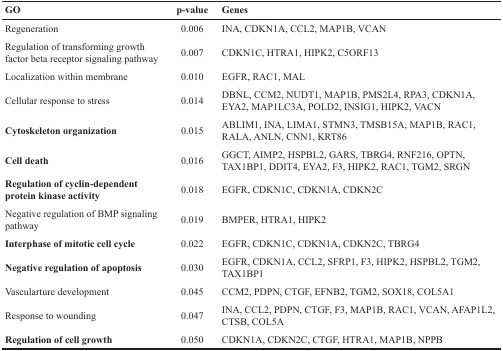
<table><thead><tr><td><b>GO</b></td><td><b>p-value</b></td><td><b>Genes</b></td></tr></thead><tbody><tr><td>Regeneration</td><td>0.006</td><td>INA, CDKN1A, CCL2, MAP1B, VCAN</td></tr><tr><td>Regulation of transforming growth factor beta receptor signaling pathway</td><td>0.007</td><td>CDKN1C, HTRA1, HIPK2, C5ORF13</td></tr><tr><td>Localization within membrane</td><td>0.010</td><td>EGFR, RAC1, MAL</td></tr><tr><td>Cellular response to stress</td><td>0.014</td><td>DBNL, CCM2, NUDT1, MAP1B, PMS2L4, RPA3, CDKN1A, EYA2, MAP1LC3A, POLD2, INSIG1, HIPK2, VACN</td></tr><tr><td><b>Cytoskeleton organization</b></td><td>0.015</td><td>ABLIM1, INA, LIMA1, STMN3, TMSB15A, MAP1B, RAC1, RALA, ANLN, CNN1, KRT86</td></tr><tr><td><b>Cell death</b></td><td>0.016</td><td>GGCT, AIMP2, HSPBL2, GARS, TBRG4, RNF216, OPTN, TAX1BP1, DDIT4, EYA2, F3, HIPK2, RAC1, TGM2, SRGN</td></tr><tr><td><b>Regulation of cyclin-dependent protein kinase activity</b></td><td>0.018</td><td>EGFR, CDKN1C, CDKN1A, CDKN2C</td></tr><tr><td>Negative regulation of BMP signaling pathway</td><td>0.019</td><td>BMPER, HTRA1, HIPK2</td></tr><tr><td><b>Interphase of mitotic cell cycle</b></td><td>0.022</td><td>EGFR, CDKN1C, CDKN1A, CDKN2C, TBRG4</td></tr><tr><td><b>Negative regulation of apoptosis</b></td><td>0.030</td><td>EGFR, CDKN1A, CCL2, SFRP1, F3, HIPK2, HSPBL2, TGM2, TAX1BP1</td></tr><tr><td>Vascularture development</td><td>0.045</td><td>CCM2, PDPN, CTGF, EFNB2, TGM2, SOX18, COL5A1</td></tr><tr><td>Response to wounding</td><td>0.047</td><td>INA, CCL2, PDPN, CTGF, F3, MAP1B, RAC1, VCAN, AFAP1L2, CTSB, COL5A</td></tr><tr><td><b>Regulation of cell growth</b></td><td>0.050</td><td>CDKN1A, CDKN2C, CTGF, HTRA1, MAP1B, NPPB</td></tr></tbody></table>